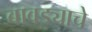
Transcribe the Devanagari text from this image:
बावड्याचे